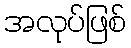
အလုပ်ဖြစ်